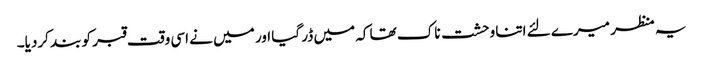
یہ منظر میرے لئے اتنا وحشت ناک تھا کہ میں ڈر گیا اور میں نے اسی وقت قبر کو بند کردیا۔